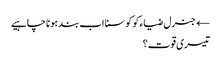
← جنرل ضیاء کو کوسنا اب بند ہونا چاہیے
تیسری قوت؟